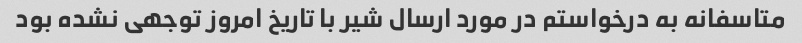
متاسفانه به درخواستم در مورد ارسال شیر با تاریخ امروز توجهی نشده بود